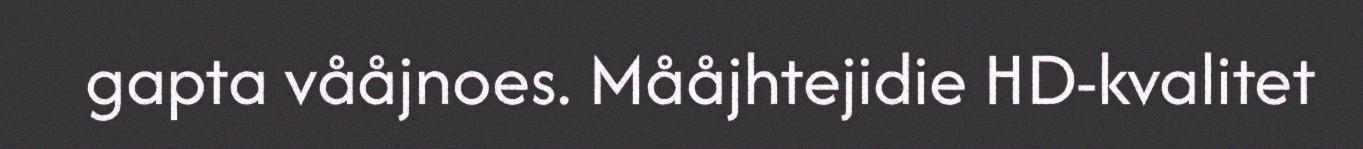
gapta vååjnoes. Mååjhtejidie HD-kvalitet